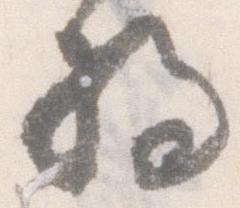
将